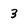
Character: 3